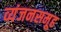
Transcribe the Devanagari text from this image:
व्यंजनसमूह